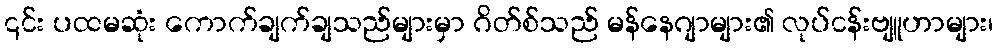
၎င်း ပထမဆုံး ကောက်ချက်ချသည်များမှာ ဂိတ်စ်သည် မန်နေဂျာများ၏ လုပ်ငန်းဗျူဟာများ၊